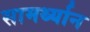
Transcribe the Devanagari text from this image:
सामर्थ्‍यान